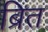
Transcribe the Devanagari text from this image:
ब्रित